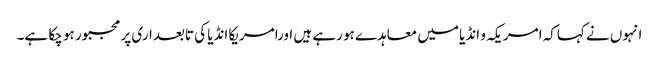
انہوں نے کہاکہ امریکہ و انڈیا میں معاہدے ہو رہے ہیں اورامریکا انڈیا کی تابعداری پر مجبور ہو چکا ہے۔